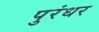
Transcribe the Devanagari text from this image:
पुरंधर